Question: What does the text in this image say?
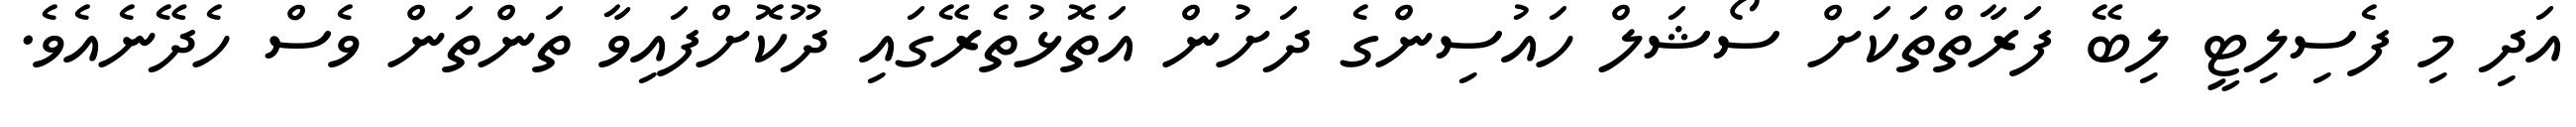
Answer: އަދި މި ފެސިލިޓީ ލިބޭ ފަރާތްތަކަށް ސޯޝަލް ހައުސިންގެ ދަށުން އަތޮޅުތެރޭގައި ދޫކޮށްފައިވާ ތަންތަން ވެސް ހެދޭނެއެވެ.